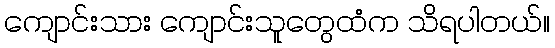
ကျောင်းသား ကျောင်းသူတွေထံက သိရပါတယ်။